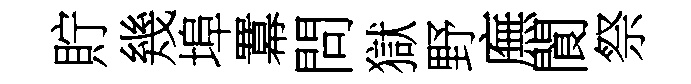
貯幾埠羃問獄野廡閬祭